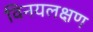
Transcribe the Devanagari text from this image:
विनयलक्षण